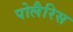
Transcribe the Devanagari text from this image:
पोलैरिस